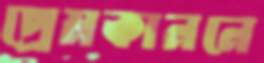
প্রেমকাননে